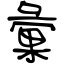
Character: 彙